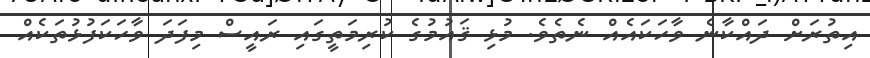
އިތުރަށް ދައްކާނެ ވާހަކައެއް ނެތެވެ. މުޅި ޤައުމުގެ ކުރިމަތީގައި ރައީސް މިފަދަ ވާހަކަފުޅުތަކެއް